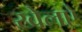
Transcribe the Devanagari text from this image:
खेलऐ